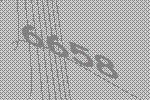
6658